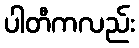
ပါတီကလည်း